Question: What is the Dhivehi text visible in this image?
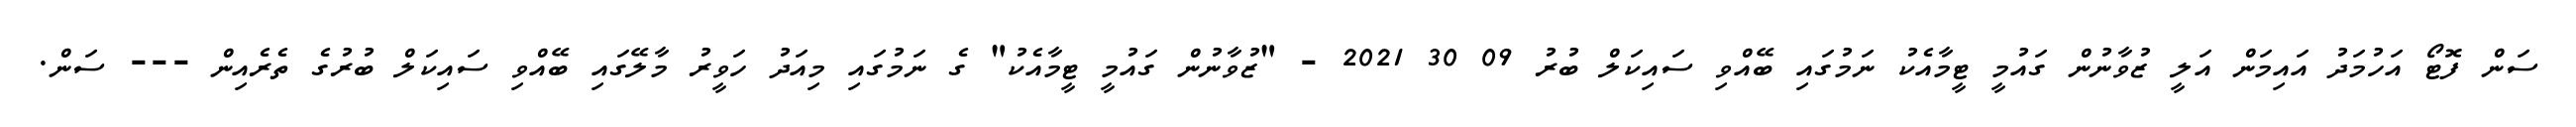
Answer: ސަން ފޮޓޯ އަހުމަދު އައިމަން އަލީ ޒުވާނުން ގައުމީ ޓީމާއެކު ނަމުގައި ބޭއްވި ސައިކަލް ބުރު 09 30 2021 - "ޒުވާނުން ގައުމީ ޓީމާއެކު" ގެ ނަމުގައި މިއަދު ހަވީރު މާލޭގައި ބޭއްވި ސައިކަލް ބުރުގެ ތެރެއިން --- ސަން.